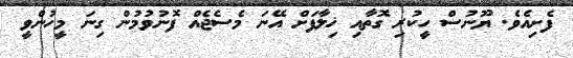
ފެށިއެވެ. ޔޫނުސް ހީކުރި ގޮތާއި ޚިލާފަށް އޭނަ މެސެޖެއް ފޮނުވުމުން ގިނަ މީހުންވީ